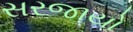
સરજાયો